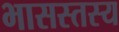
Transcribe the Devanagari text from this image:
भासस्तस्य